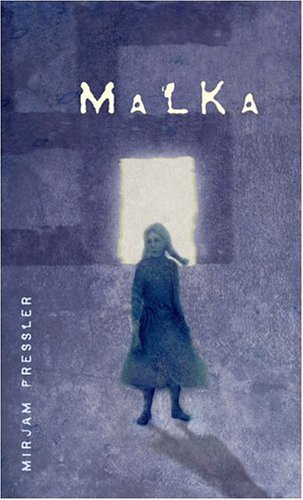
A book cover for Malka; Mirjam Pressler; Teen & Young Adult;